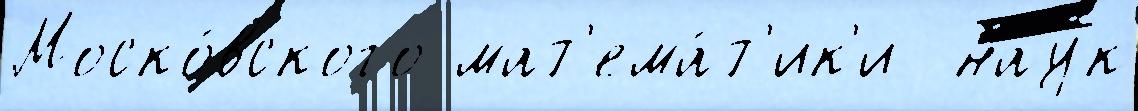
Моско́вского мат'ема́т'ик'и  нау́к